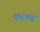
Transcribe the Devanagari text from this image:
करण्ड